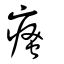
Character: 瘙